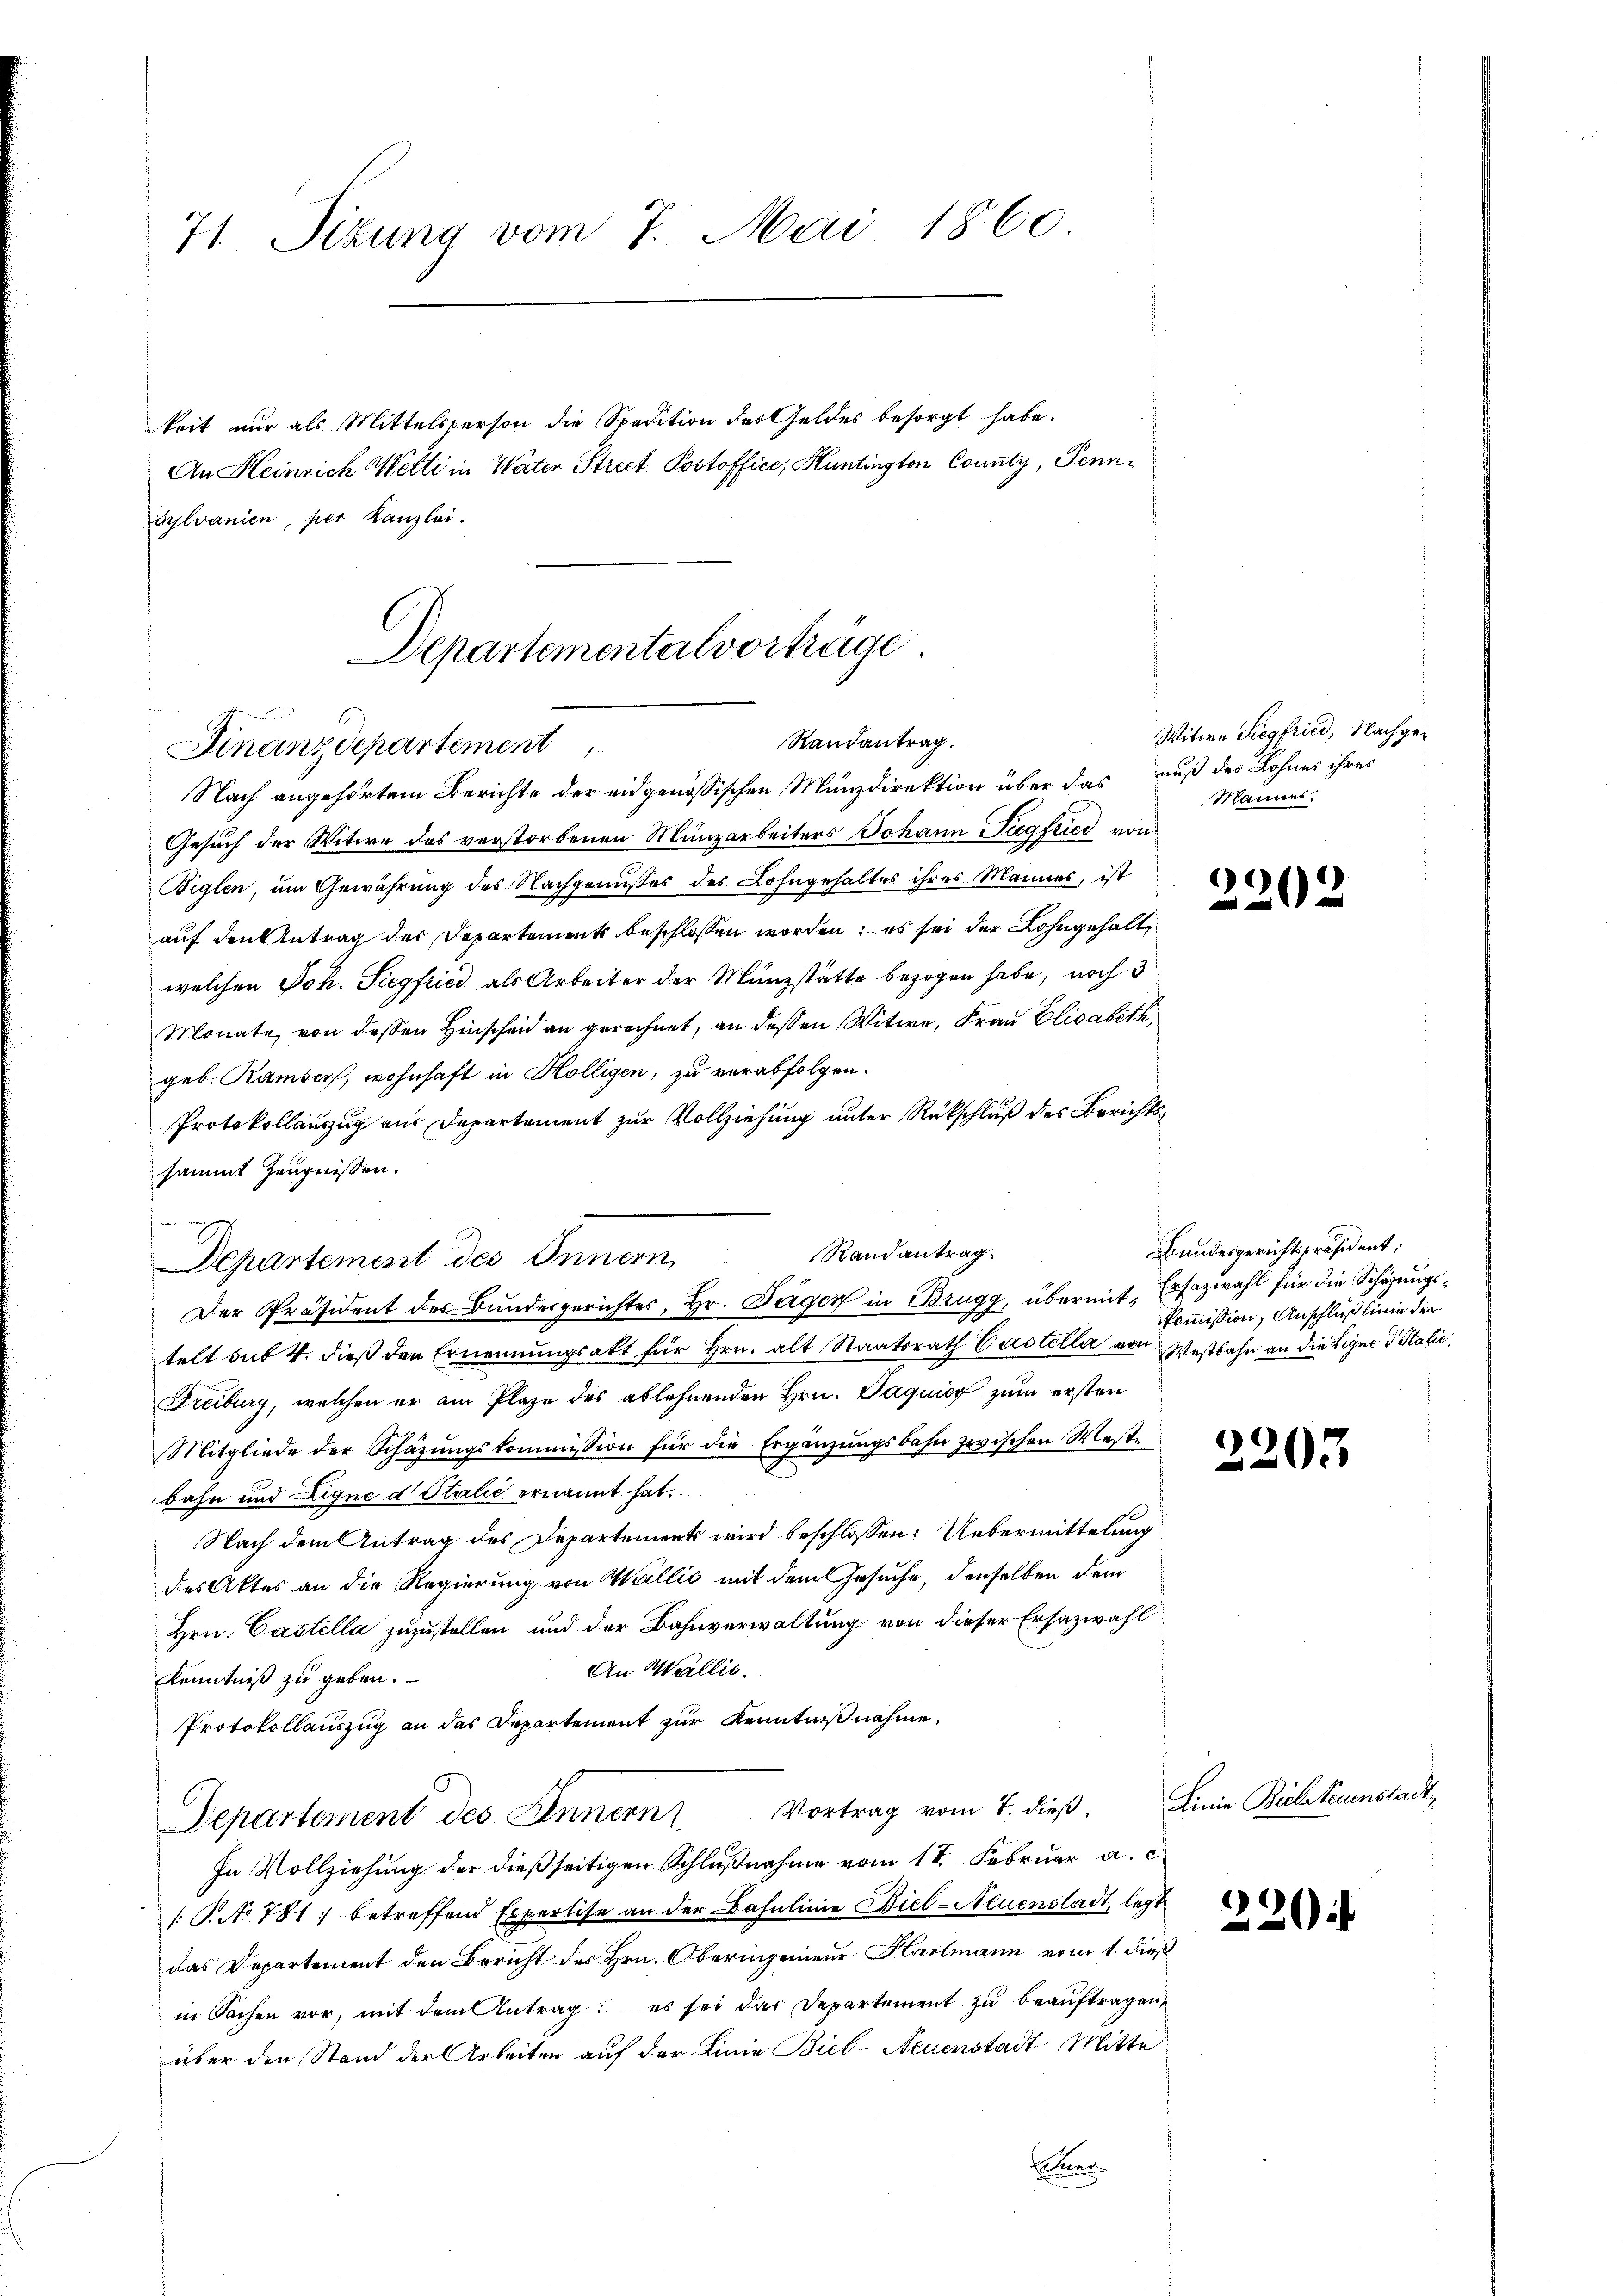
71. Sitzung vom 7. Mai 1860

ajlvanien, per Kanzlei.

Departementalvorträge
Randantrag.
Finanzdepartement
Nach angehörtem Berichte der eidgenössischen Münzdirektion über das auß des Lohnes ihres

keit nur als Mittelsperson die Spedition des Geldes besorgt habe.
An Heinrich Welti in Water Street Postoffice, Huntington County, Penn¬

Gesuch der Witwe des verstorbenen Münzarbeiters Johann Siegfried von
Biglen, um Gewährung des Nachgenußes des Lohngehaltes ihres Mannes, ist
auf den Antrag des Departements beschlossen worden; es sei der Lohngehalt
welchen Joh. Siegfried als Arbeiter der Münzstätte bezogen habe, noch 3
Monate, von dessen Hinscheid an gerechnet, an dessen Witwe, Frau Elisabeth
geb. Ramser, wohnhaft in Hölligen, zu verabfolgen.
Protokollauszug aus Departement zur Vollziehung unter Rückschluß des Berichtssammt Zeugnissen.
Randantrag.
Departement des Innern,
Der Präsident des Bundesgerichtes, Hr. Täger in Brugg, übermit, Ersazwahl für die Schäzungstelt sub 4. dieß den Ernennungsakt für Hrn. alt Staatsrath Castella von Westbahn an die Ligne & Stalie,
Freiburg, welchen er am Plaze des ablehnenden Hrn. Paquig zum ersten
Mitgliede der Schäzŭngskommission für die Ergänzungsbahn zwischen Weste
bahn und Eigne d Italić ernannt hat.
Nach dem Antrag des Departement wird beschlossen: Uebermittelung
des Aktes an die Regierung von Wallis mit dem Gesuche, denselben dem
Hrn. Castella zuzustellen und der Bahnverwaltung von dieser Ersatzwahl
An Wallis.
Kenntniß zu geben.
Protokollauszug an das Departement zur Kenntnißnahme,
Departement des Innern Vortrag vom 7. dieß,
In Vollziehung der dießseitigen Schlußnahme vom 18. Februar a. c
(No 781, betreffend Expertise an der Bahnlinie Biel-Neuenstadt, legt
das Departement den Bericht des Hrn. Oberingenieur Hartmann vom 1. dieß
in Sachen vor, mit dem Antrag: es sei das Departement zu beauftragen,
über den Stand der Arbeiten auf der Linie Biel- Neuenstadt Mitte
na

Witwe Siegfried, Nachge¬
Männer.

2202

Bundesgerichtspräsident,
kommission, Anschluß linie der

2207

Linie Biel Neuenstadt,

2204